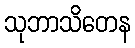
သုဘာသိတေန